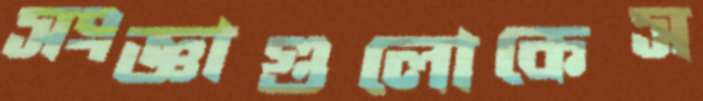
সংজ্ঞাগুলোকেস